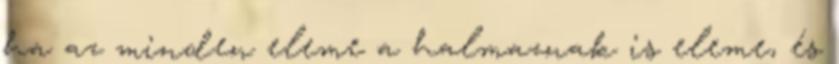
ha az minden eleme a halmaznak is eleme, és